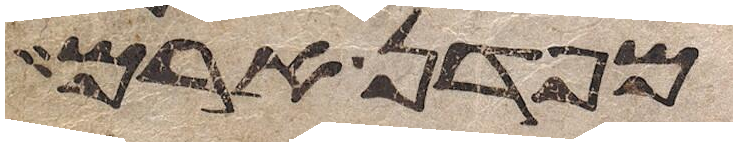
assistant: מפדן ארם